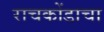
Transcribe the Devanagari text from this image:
राचकोंडाचा